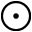
\odot